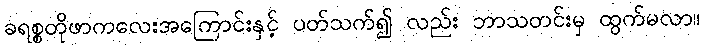
ခရစ္စတိုဖာကလေးအကြောင်းနှင့် ပတ်သက်၍ လည်း ဘာသတင်းမှ ထွက်မလာ။